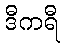
ဒီကရီ